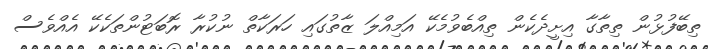
ތިބޭފުޅުން ތިތާގާ އިށީދެކެން ތިއްބެވުމެކޭ އަމިއްލަ ޒާތުގައި ހަރަކާތް ނުކުރާ ރޮބަޓުންތަކެކޭ އެއްވެސް